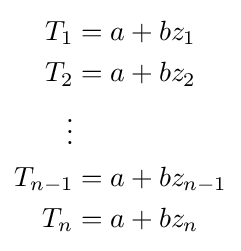
{\begin{aligned}T_{1}&=a+bz_{1}\\T_{2}&=a+bz_{2}\\\vdots \\T_{n-1}&=a+bz_{n-1}\\T_{n}&=a+bz_{n}\\\end{aligned}}